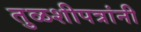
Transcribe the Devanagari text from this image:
तुळशीपत्रांनी